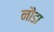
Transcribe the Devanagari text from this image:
नौडा